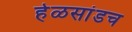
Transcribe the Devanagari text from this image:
हेळसांडच